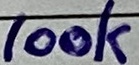
Text: 100k